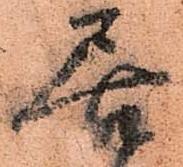
居